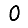
Digit: 0